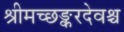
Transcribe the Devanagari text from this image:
श्रीमच्छङ्करदेवश्च